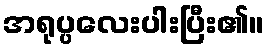
အရုပ္ပလေးပါးပြီး၏။